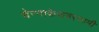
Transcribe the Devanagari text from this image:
चेन्‍नाकेसवस्‍वामी